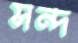
সন্দ